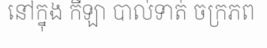
នៅក្នុង កីឡា បាល់ទាត់ ចក្រភព